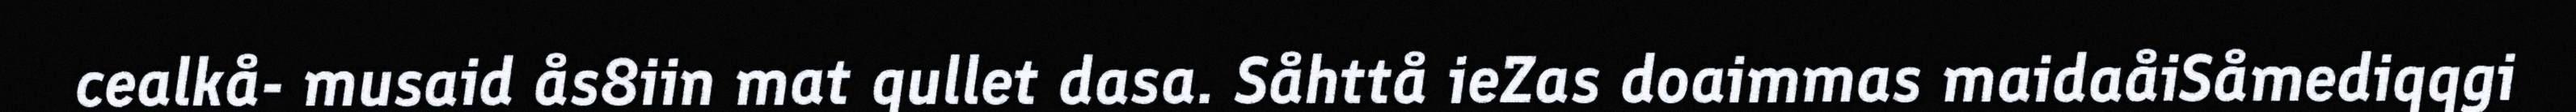
cealkå- musaid ås8iin mat qullet dasa. Såhttå ieZas doaimmas maidaåiSåmediqqgi